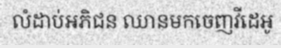
លំដាប់អភិជន ឈានមកចេញវីដេអូ